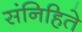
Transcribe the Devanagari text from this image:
संनिहिते